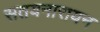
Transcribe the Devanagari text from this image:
सतयनारायन